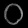
Digit: ၀